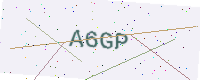
Text: A6GP